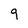
Character: 9